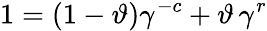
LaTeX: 1=(1-\vartheta)\gamma^{-c}+\vartheta\, \gamma^{r}